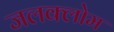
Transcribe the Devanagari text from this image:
जलक्लोम